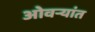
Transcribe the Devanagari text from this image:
ओवर्‍यांत